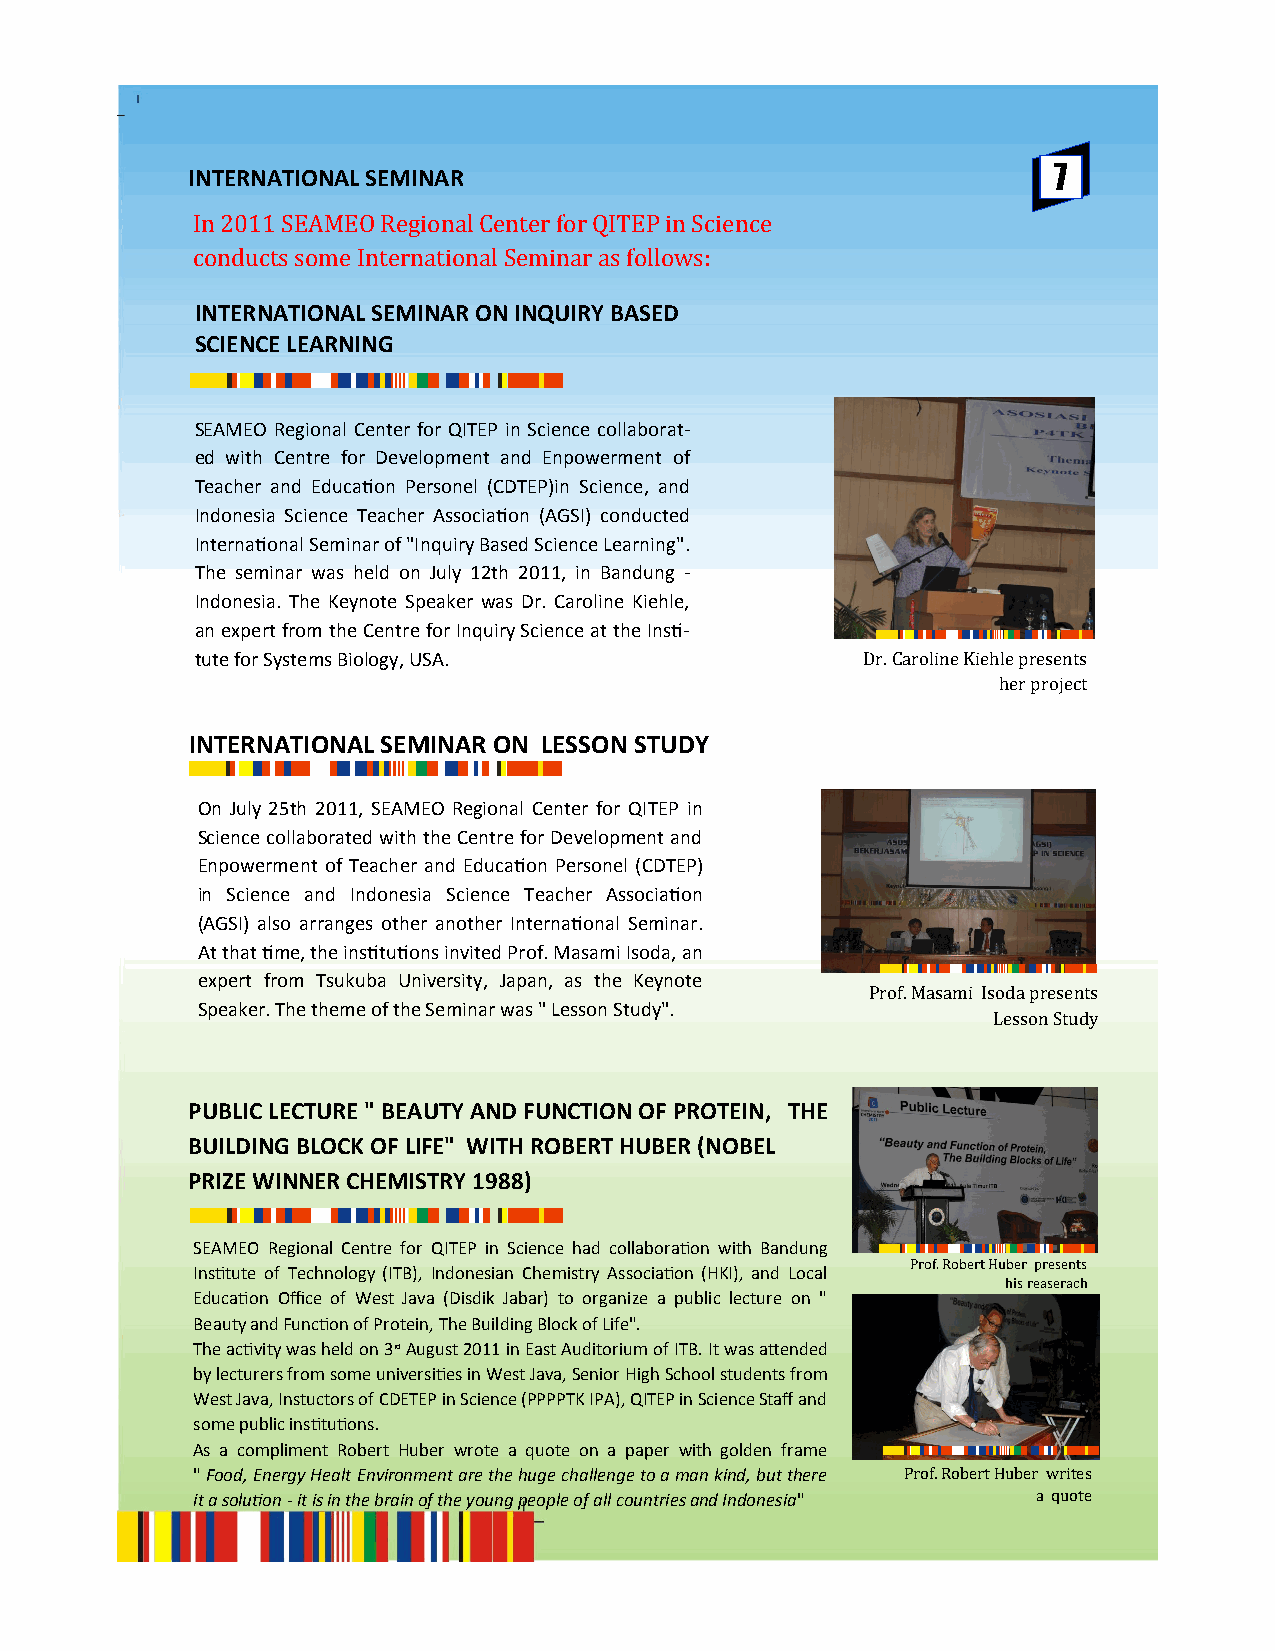
7
 INTERNATIONAL SEMINAR
 In 2011 SEAMEO Regional Center for QITEP in Science
 conducts some International Seminar as follows:
 INTERNATIONAL SEMINAR ON INQUIRY BASED
 SCIENCE LEARNING
 SEAMEO Regional Center for QITEP in Science collaborat-
 ed with Centre for Development and Enpowerment of
 Teacher and Education Personel (CDTEP)in Science, and
 Indonesia Science Teacher Association (AGSI) conducted
 International Seminar of "Inquiry Based Science Learning".
 The seminar was held on July 12th 2011, in Bandung -
 Indonesia. The Keynote Speaker was Dr. Caroline Kiehle,
 an expert from the Centre for Inquiry Science at the Insti-
 tute for Systems Biology, USA.              Dr. Caroline Kiehle presents
 her project
 INTERNATIONAL SEMINAR ON LESSON STUDY
 On July 25th 2011, SEAMEO Regional Center for QITEP in
 Science collaborated with the Centre for Development and
 Enpowerment of Teacher and Education Personel (CDTEP)
 in Science and Indonesia Science Teacher Association
 (AGSI) also arranges other another International Seminar.
 At that time, the institutions invited Prof. Masami Isoda, an
 expert from Tsukuba University, Japan, as the Keynote
 Prof. Masami Isoda presents
 Speaker. The theme of the Seminar was " Lesson Study".
 Lesson Study
 PUBLIC LECTURE " BEAUTY AND FUNCTION OF PROTEIN, THE
 BUILDING BLOCK OF LIFE" WITH ROBERT HUBER (NOBEL
 PRIZE WINNER CHEMISTRY 1988)
 SEAMEO Regional Centre for QITEP in Science had collaboration with Bandung
 Prof. Robert Huber presents
 Institute of Technology (ITB), Indonesian Chemistry Association (HKI), and Local
 his reaserach
 Education Office of West Java (Disdik Jabar) to organize a public lecture on "
 Beauty and Function of Protein, The Building Block of Life".
 The activity was held on 3rd August 2011 in East Auditorium of ITB. It was attended
 by lecturers from some universities in West Java, Senior High School students from
 West Java, Instuctors of CDETEP in Science (PPPPTK IPA), QITEP in Science Staff and
 some public institutions.
 As a compliment Robert Huber wrote a quote on a paper with golden frame
 " Food, Energy Healt Environment are the huge challenge to a man kind, but there Prof. Robert Huber writes
 it a solution - it is in the brain of the young people of all countries and Indonesia" a quote